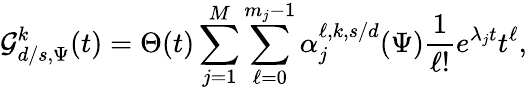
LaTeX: \mathcal{G}_{d/s,\Psi}^{k}(t)=\Theta(t)\sum_{j=1}^{{M}}\sum_{\ell=0}^{m_{j}-1}\alpha_{j}^{\ell,k,s/d}(\Psi)\frac{1}{\ell!}e^{\lambda_{j}t}t^{\ell},